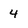
Character: 4